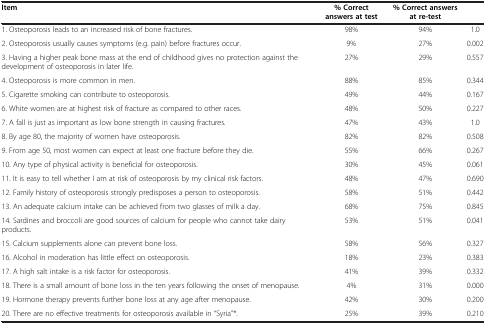
| Item | % Correct answers at test | % Correct answers at re-test |  |
 | --- | --- | --- | --- |
 | 1. Osteoporosis leads to an increased risk of bone fractures. | 98% | 94% | 1.0 |
 | 2. Osteoporosis usually causes symptoms (e.g. pain) before fractures occur. | 9% | 27% | 0.002 |
 | 3. Having a higher peak bone mass at the end of childhood gives no protection against the development of osteoporosis in later life. | 27% | 29% | 0.557 |
 | 4. Osteoporosis is more common in men. | 88% | 85% | 0.344 |
 | 5. Cigarette smoking can contribute to osteoporosis. | 49% | 44% | 0.167 |
 | 6. White women are at highest risk of fracture as compared to other races. | 48% | 50% | 0.227 |
 | 7. A fall is just as important as low bone strength in causing fractures. | 47% | 43% | 1.0 |
 | 8. By age 80, the majority of women have osteoporosis. | 82% | 82% | 0.508 |
 | 9. From age 50, most women can expect at least one fracture before they die. | 55% | 66% | 0.267 |
 | 10. Any type of physical activity is beneficial for osteoporosis. | 30% | 45% | 0.061 |
 | 11. It is easy to tell whether I am at risk of osteoporosis by my clinical risk factors. | 48% | 47% | 0.690 |
 | 12. Family history of osteoporosis strongly predisposes a person to osteoporosis. | 58% | 51% | 0.442 |
 | 13. An adequate calcium intake can be achieved from two glasses of milk a day. | 68% | 75% | 0.845 |
 | 14. Sardines and broccoli are good sources of calcium for people who cannot take dairy products. | 53% | 51% | 0.041 |
 | 15. Calcium supplements alone can prevent bone loss. | 58% | 56% | 0.327 |
 | 16. Alcohol in moderation has little effect on osteoporosis. | 18% | 23% | 0.383 |
 | 17. A high salt intake is a risk factor for osteoporosis. | 41% | 39% | 0.332 |
 | 18. There is a small amount of bone loss in the ten years following the onset of menopause. | 4% | 31% | 0.000 |
 | 19. Hormone therapy prevents further bone loss at any age after menopause. | 42% | 30% | 0.200 |
 | 20. There are no effective treatments for osteoporosis available in “Syria”*. | 25% | 39% | 0.210 |